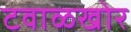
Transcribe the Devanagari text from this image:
टवाळखोर